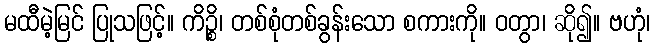
မထီမဲ့မြင် ပြုသဖြင့်။ ကိဉ္စိ၊ တစ်စုံတစ်ခွန်းသော စကားကို။ ဝတွာ၊ ဆို၍။ ဗဟုံ၊